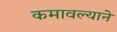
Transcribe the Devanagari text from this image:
कमावल्याने